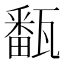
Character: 㽃